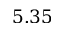
5 . 3 5